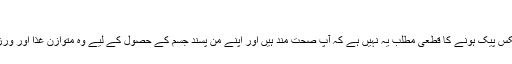
‘
تاہم ان کا کہنا ہے کہ سکس پیک ہونے کا قطعی مطلب یہ نہیں ہے کہ آپ صحت مند ہیں اور اپنے من پسند جسم کے حصول کے لیے وہ متوازن غذا اور ورزش کا مشورہ دیتے ہیں۔